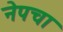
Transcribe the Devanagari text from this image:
नेपचा